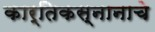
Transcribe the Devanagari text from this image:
कार्तिकस्नानाचे